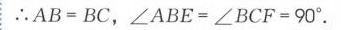
$\therefore AB = BC,\angle ABE=\angle BCF = 90^{\circ}$.